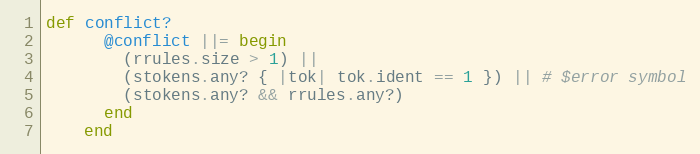
Language: Ruby
def conflict?
      @conflict ||= begin
        (rrules.size > 1) ||
        (stokens.any? { |tok| tok.ident == 1 }) || # $error symbol
        (stokens.any? && rrules.any?)
      end
    end